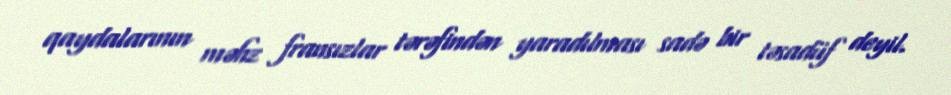
qaydalarının məhz fransızlar tərəfindən yaradılması sadə bir təsadüf deyil.